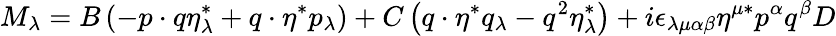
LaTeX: M_{\lambda}=B\left(-p\cdot q\eta_{\lambda}^{*}+q\cdot\eta^{*}p_{\lambda}\right)+C\left(q\cdot\eta^{*}q_{\lambda}-q^{2}\eta_{\lambda}^{*}\right)+i\epsilon_{\lambda\mu\alpha\beta}\eta^{\mu*}p^{\alpha}q^{\beta}D